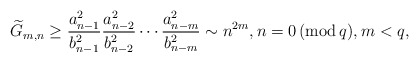
\begin{align*} \widetilde{G}_{m,n} \ge \frac{a_{n-1}^2}{b_{n-1}^2} \frac{a_{n-2}^2}{b_{n-2}^2} \cdots \frac{a_{n-m}^2}{b_{n-m}^2} \sim n^{2m}, n=0\,(\operatorname{mod} q), m<q, \end{align*}